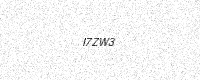
Text: I7ZW3